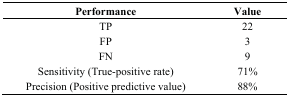
<table><thead><tr><td><b>Performance</b></td><td><b>Value</b></td></tr></thead><tbody><tr><td>TP</td><td>22</td></tr><tr><td>FP</td><td>3</td></tr><tr><td>FN</td><td>9</td></tr><tr><td>Sensitivity (True-positive rate)</td><td>71%</td></tr><tr><td>Precision (Positive predictive value)</td><td>88%</td></tr></tbody></table>